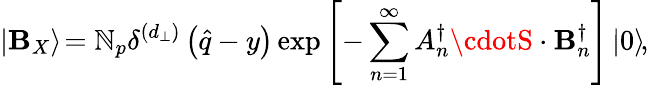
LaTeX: \left|\mathbf{B}_{X}\right\rangle\! =\mathbb{N}_{p}\delta^{\left(d_{\bot}\right)}\left(\widehat{{q}}-y\right)\exp\left[-\sum_{n=1}^{\infty}A_{n}^{\dagger}\cdotS\cdot\mathbf{B}_{n}^{\dagger}\right]\left|0\right\rangle\! ,